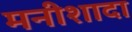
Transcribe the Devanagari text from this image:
मनीशादा